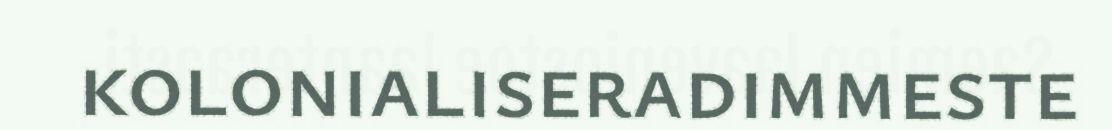
kolonialiseradimmeste